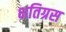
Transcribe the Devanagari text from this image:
क्षतिग्रस